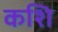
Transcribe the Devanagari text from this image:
कशि